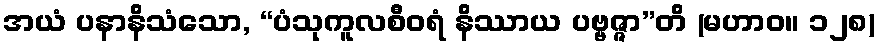
အယံ ပနာနိသံသော, “ပံသုကူလစီဝရံ နိဿာယ ပဗ္ဗဇ္ဇာ”တိ (မဟာဝ။ ၁၂၈)